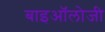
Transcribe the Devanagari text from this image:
बाइऑलोजी